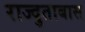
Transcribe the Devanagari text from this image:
राज्दुताबास